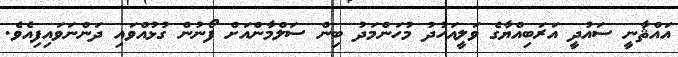
އައްޘާނީ ސައުދީ އަރަބިއްޔާގެ ވަލީއަހުދު މުހަންމަދު ބިން ސަލްމާންއަށް ފޯނުން ގުޅުއްވައި ދަންނަވައިފިއެވެ.